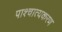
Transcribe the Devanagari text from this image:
पाश्चात्यकरण